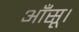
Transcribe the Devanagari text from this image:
आँसू।